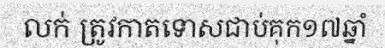
លក់ ត្រូវកាតទោសជាប់គុក១៧ឆ្នាំ